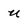
Character: u